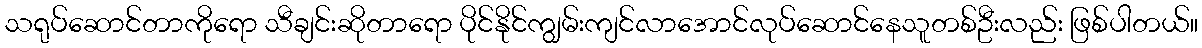
သရုပ်ဆောင်တာကိုရော သီချင်းဆိုတာရော ပိုင်နိုင်ကျွမ်းကျင်လာအောင်လုပ်ဆောင်နေသူတစ်ဦးလည်း ဖြစ်ပါတယ်။